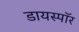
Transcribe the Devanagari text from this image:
डायस्पॉर